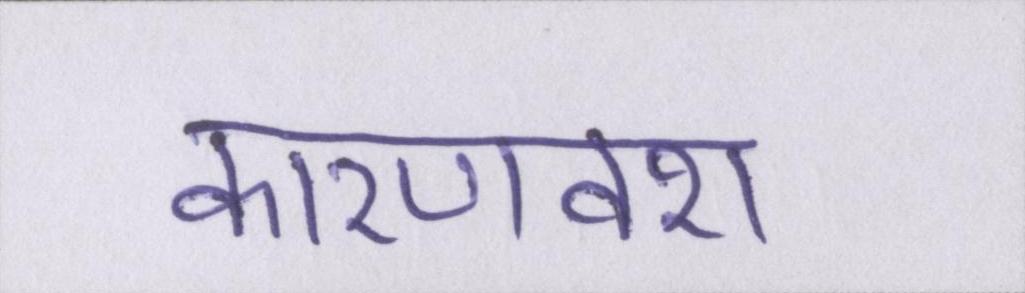
कारणवश